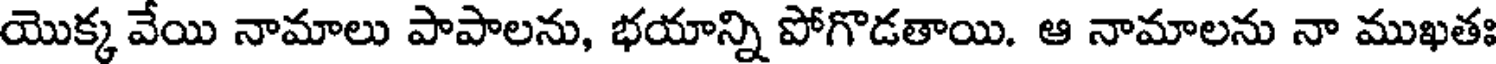
యొక్క వేయి నామాలు పాపాలను, భయాన్ని పోగొడతాయి. ఆ నామాలను నా ముఖతః